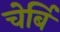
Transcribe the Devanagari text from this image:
चेर्बि